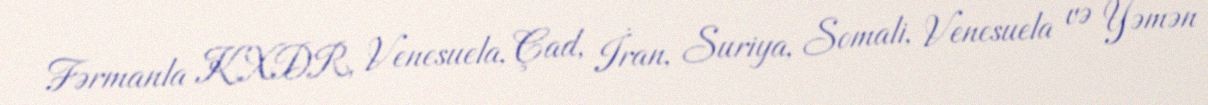
Fərmanla KXDR, Venesuela, Çad, İran, Suriya, Somali, Venesuela və Yəmən